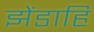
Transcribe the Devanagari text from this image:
झेंडाहि